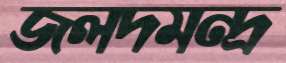
জলদমন্দ্র